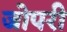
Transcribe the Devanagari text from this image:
जोपरी